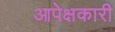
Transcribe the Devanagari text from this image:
आपेक्षकारी